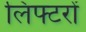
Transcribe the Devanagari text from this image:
लिफ्टरों